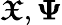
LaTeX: \boldsymbol{\mathfrak{X}},\boldsymbol{\Psi}